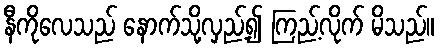
နီကိုလေသည် နောက်သို့လှည့်၍ ကြည့်လိုက် မိသည်။